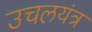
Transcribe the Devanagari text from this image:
उचलयंत्र